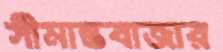
সীমান্তবাজার